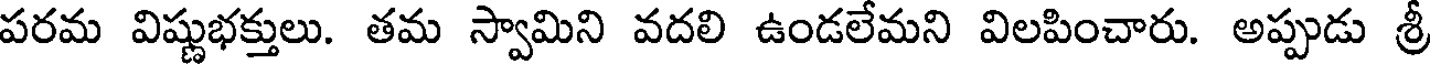
పరమ విష్ణుభక్తులు. తమ స్వామిని వదలి ఉండలేమని విలపించారు. అప్పుడు శ్రీ